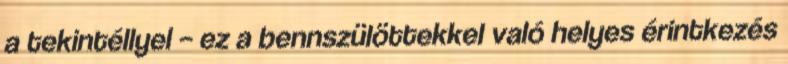
a tekintéllyel – ez a bennszülöttekkel való helyes érintkezés